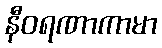
နီဝရဏာကာမာ